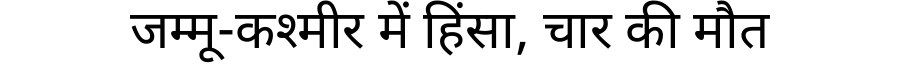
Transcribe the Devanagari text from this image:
जम्मू-कश्मीर में हिंसा, चार की मौत